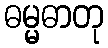
ဓမ္မဓာတု